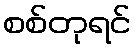
စစ်တုရင်